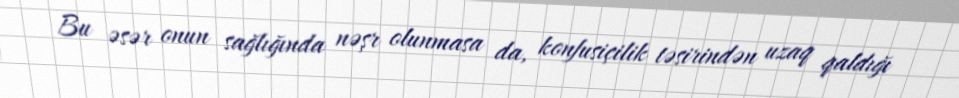
Bu əsər onun sağlığında nəşr olunmasa da, konfusiçilik təsirindən uzaq qaldığı